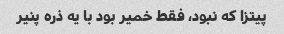
پیتزا که نبود، فقط خمیر بود با یه ذره پنیر